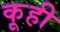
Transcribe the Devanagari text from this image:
कूही